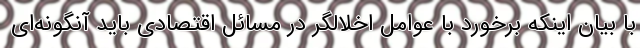
با بیان اینکه برخورد با عوامل اخلالگر در مسائل اقتصادی باید آنگونه‌ای